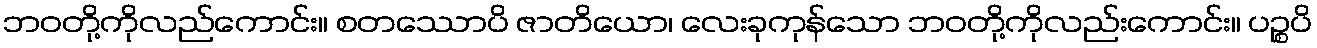
ဘဝတို့ကိုလည်ကောင်း။ စတဿောပိ ဇာတိယော၊ လေးခုကုန်သော ဘဝတို့ကိုလည်းကောင်း။ ပဉ္စပိ